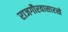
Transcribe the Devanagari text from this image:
राजगौरवासारखे